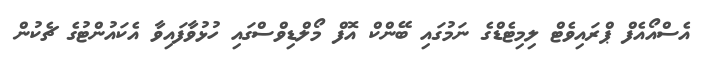
އެސްއޯއެފް ޕްރައިވެޓް ލިމިޓެޑްގެ ނަމުގައި ބޭންކް އޮފް މޯލްޑިވްސްގައި ހުޅުވާފައިވާ އެކައުންޓުގެ ޗެކުން